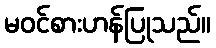
မဝင်စားဟန်ပြုသည်။